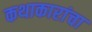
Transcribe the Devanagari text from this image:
कथाकारांचा